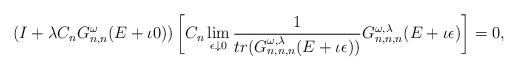
LaTeX: \begin{align*}(I+\lambda C_n G^\omega_{n,n}(E+\iota 0)) \left[C_n\lim_{\epsilon\downarrow 0}\frac{1}{tr(G^{\omega,\lambda}_{n,n,n}(E+\iota\epsilon))} G^{\omega,\lambda}_{n,n,n}(E+\iota \epsilon)\right]=0,\end{align*}